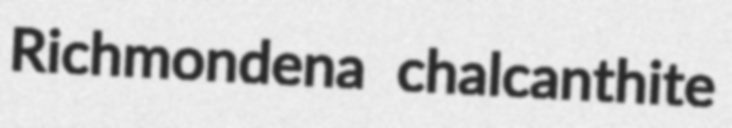
Richmondena chalcanthite